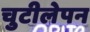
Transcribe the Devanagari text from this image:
चुटीलेपन